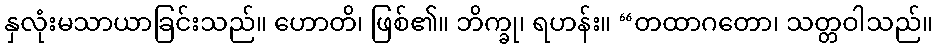
နှလုံးမသာယာခြင်းသည်။ ဟောတိ၊ ဖြစ်၏။ ဘိက္ခု၊ ရဟန်း။ “တထာဂတော၊ သတ္တဝါသည်။